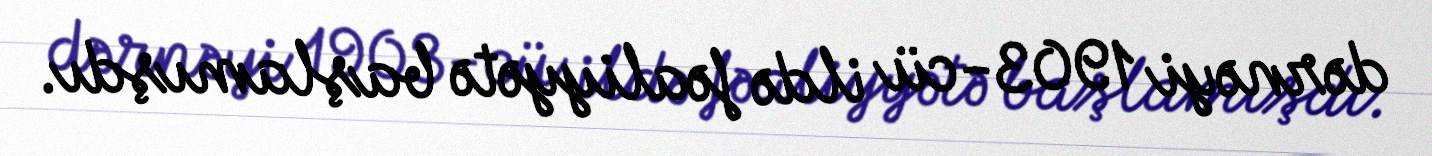
dərnəyi 1903-cü ildə fəaliyyətə başlamışdı.